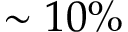
\sim 1 0 \%